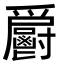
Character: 𩰨